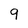
Character: 9